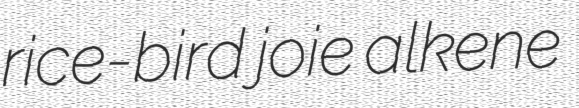
rice-bird joie alkene